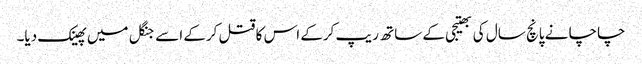
چاچا نے پانچ سال کی بھتیجی کے ساتھ ریپ کرکے اس کا قتل کرکے اسے جنگل میں پھینک دیا۔